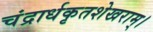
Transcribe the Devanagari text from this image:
चंद्रार्धकृतशेखराम्‌।